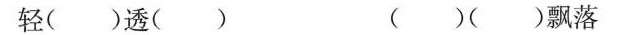
轻（）透（） （）（）飘落